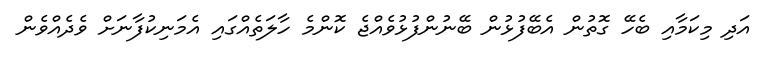
އަދި މިކަމާއި ބެހޭ ގޮތުން އެބޭފުޅުން ބޭނުންފުޅުވެއްޖެ ކޮންމެ ހާލަތެއްގައި އެމަނިކުފާނަށް ވެދެއްވެން